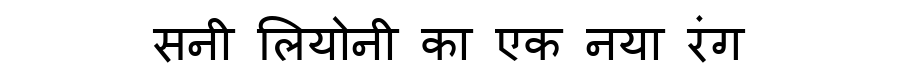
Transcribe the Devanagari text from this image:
सनी लियोनी का एक नया रंग